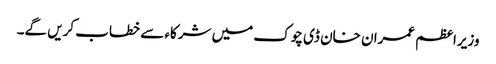
وزیراعظم عمران خان ڈی چوک میں شرکاء سے خطاب کریں گے۔